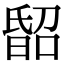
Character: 𣉈